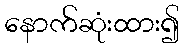
နောက်ဆုံးထား၍